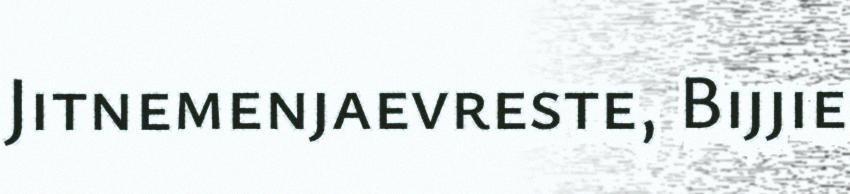
Jitnemenjaevreste, Bijjie